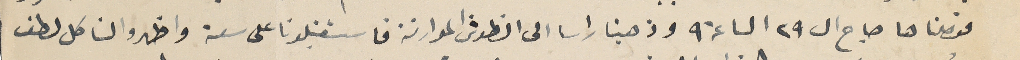
فوصلناها صباح ال ٢٩ الساعة ٩ وذهبنا راسا الى انطوش الموارنة فاستقبلونا على سعة واظهروا لنا كل لطف